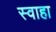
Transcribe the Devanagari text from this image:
स्‍वाहा